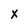
Character: X